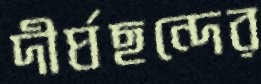
দীর্ঘছন্দের